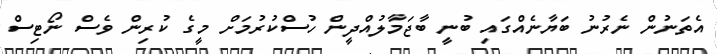
އެތަނުން ނެރުނު ބަޔާނެއްގައި ބުނީ ބާޖަމާލުއްދީން ހުސްކުރުމަށް މީގެ ކުރިން ވެސް ނޯޓިސް